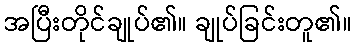
အပြီးတိုင်ချုပ်၏။ ချုပ်ခြင်းတူ၏။